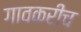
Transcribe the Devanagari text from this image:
गावकरीच